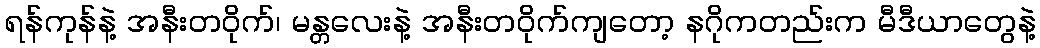
ရန်ကုန်နဲ့ အနီးတဝိုက်၊ မန္တလေးနဲ့ အနီးတဝိုက်ကျတော့ နဂိုကတည်းက မီဒီယာတွေနဲ့